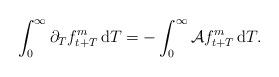
LaTeX: \begin{align*}\int_{0}^{\infty} \partial_T f^m_{t+T} \, \textrm{d}T = - \int_0^{\infty} \mathcal{A} f^m_{t+T} \, \textrm{d}T. \end{align*}